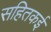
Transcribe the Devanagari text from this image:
सहितकई